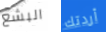
البشع أردتك